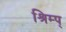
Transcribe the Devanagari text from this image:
श्रिम्प्